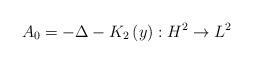
LaTeX: \begin{align*}A_{0}=-\Delta-K_{2}\left( y\right) :H^{2}\rightarrow L^{2} \end{align*}